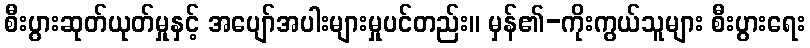
စီးပွားဆုတ်ယုတ်မှုနှင့် အပျော်အပါးများမှုပင်တည်း။ မှန်၏-ကိုးကွယ်သူများ စီးပွားရေး